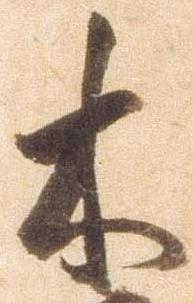
木